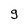
Character: 9